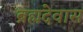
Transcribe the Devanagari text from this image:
ब्रह्मदेवास